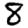
Digit: 8